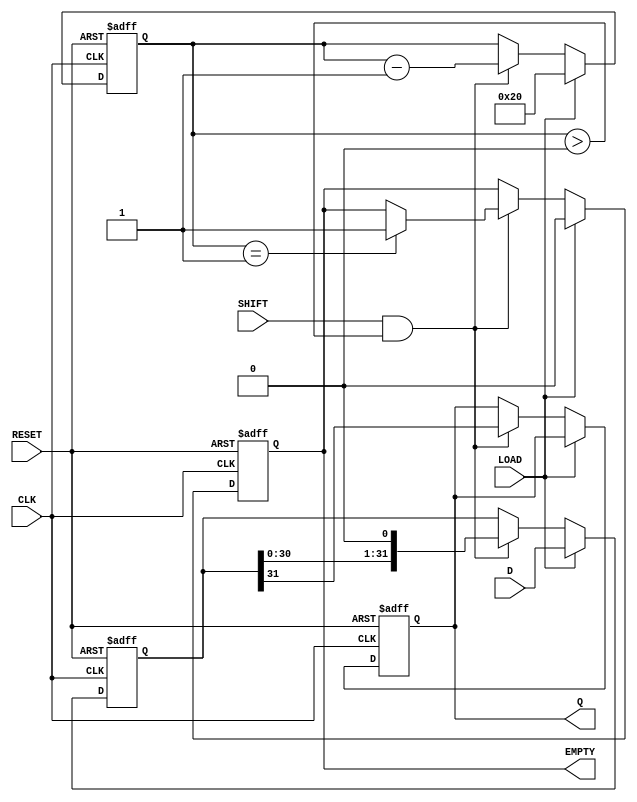
module PISO_Register (
    input  wire [31:0] D,      // 32-bit data input
    input  wire LOAD,          // Load control signal
    input  wire SHIFT,         // Shift control signal
    input  wire CLK,           // Clock signal
    input  wire RESET,         // Asynchronous reset
    output reg  Q,             // Serial output
    output reg  EMPTY          // Empty signal
);

    reg [31:0] shift_reg;      // 32-bit internal storage for data
    reg [5:0] count;           // Counter for tracking the number of bits shifted out

    // Asynchronous reset and loading logic
    always @(posedge CLK or posedge RESET) begin
        if (RESET) begin
            shift_reg <= 32'b0; // Clear the register on reset
            Q <= 1'b0;          // Reset the serial output
            count <= 6'b0;      // Reset the counter
            EMPTY <= 1'b1;      // Register is empty
        end else if (LOAD) begin
            shift_reg <= D;     // Load data into the shift register
            count <= 6'd32;     // Set count to 32 (indicating 32 bits to shift)
            EMPTY <= 1'b0;      // Register is not empty
        end else if (SHIFT && count > 0) begin
            Q <= shift_reg[31]; // Output the MSB
            shift_reg <= {shift_reg[30:0], 1'b0}; // Shift left and fill LSB with 0
            count <= count - 1; // Decrement the count
            if (count == 1) begin
                EMPTY <= 1'b1;  // All bits shifted out, register is empty
            end
        end
    end

endmodule